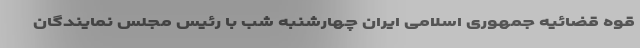
قوه قضائیه جمهوری اسلامی ایران چهارشنبه شب با رئیس مجلس نمایندگان